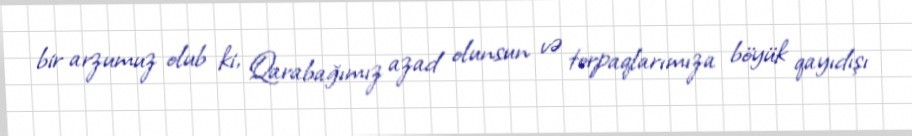
bir arzumuz olub ki, Qarabağımız azad olunsun və torpaqlarımıza böyük qayıdışı